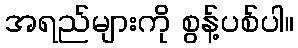
အရည်များကို စွန့်ပစ်ပါ။